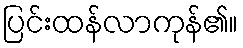
ပြင်းထန်လာကုန်၏။